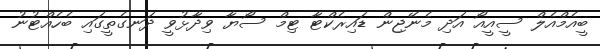
ބީއެމްއެލް ސީއީއޯ އަދި މެނޭޖިން ޑައިރެކްޓާ ޓިމް ސޯޔާ ވިދާޅުވީ ދަނގެތީގައި ބެހެއްޓުނު